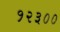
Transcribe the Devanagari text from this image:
१२३००